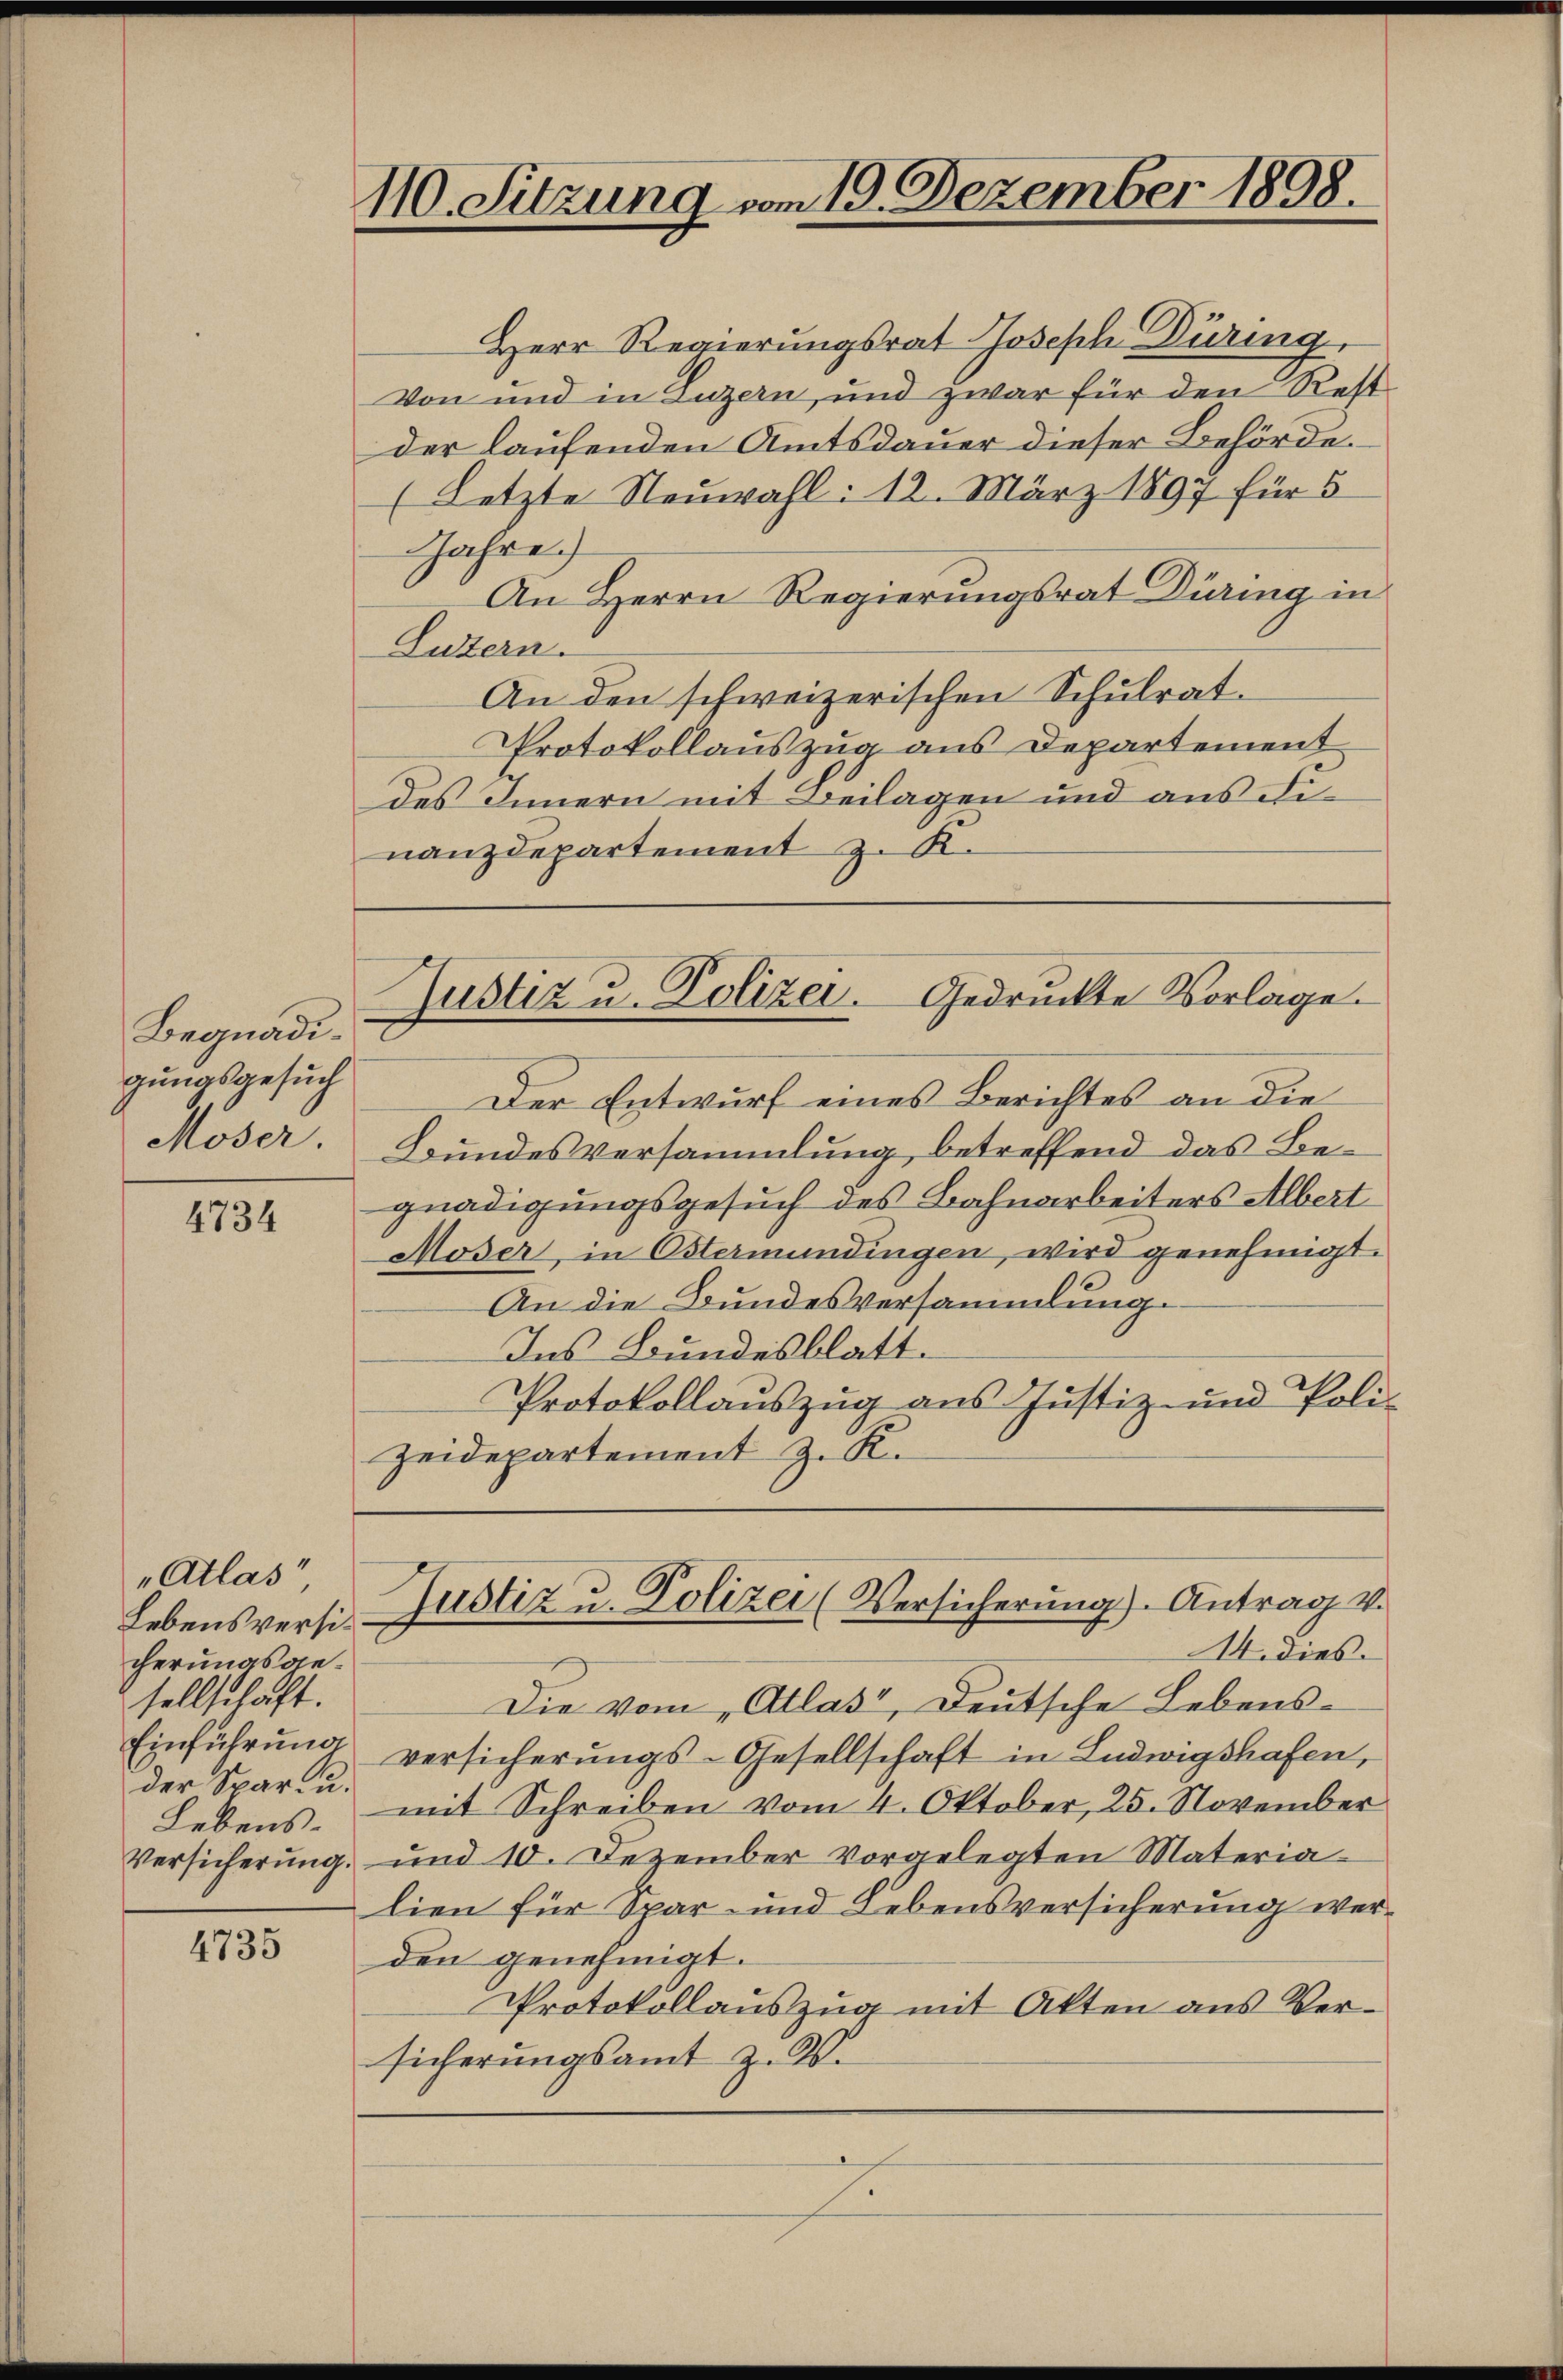
Begnadigungsgesuch
Moser.

4734

„Atlas
Lebensversicherungsgesellschaft.
der Spar- u.
Lebens-

4735

110. Sitzung vom 19. Dezember 1898.

Herr Regierungsrat Joseph Düring,
Von und in Luzern, und zwar für den Rest
der laufenden Amtsdauer dieser Behörde.
(Letzte Neuwahl: 12. März 1897 für 5
Jahre
An Herrn Regierungsrat Düring in
Luzern.
An den schweizerischen Schulrat.
Protokollauszug aus Departement
des Innern mit Beilagen und aus einanzdepartement z. K.

Justiz u. Polizei. Gedruckte Vorlage.

Justiz u. Polizei (Versicherung). Antrag v.
A. dies

Die vom „Atlas, Deutsche Lebens-
Einführŭng versicherŭngs-Gesellschaft in Ludwigshafen,
mit Schreiben vom 4. Oktober, 25. November
Versicherŭng und 10. Dezember vorgelegten Materia-
lien für Spar- und Lebensversicherung werden genehmigt.
Protokollauszug mit Akten aus Versicherungsamt z. B.

Der Entwurf eines Berichtes an die
Bundesversammlung, betreffend das Begnadigungsgesuch des Bahnarbeiters Albert
Moser, in Ostermündingen, wird genehmigt.
An die Bundesversammlung.
Ins Bundesblatt.
Protokollauszug aus Justiz- und Poli-
Zeidepartement z. K.